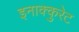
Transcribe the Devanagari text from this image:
इनाक्कुरेट